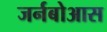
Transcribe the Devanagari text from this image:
जर्नबोआस